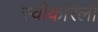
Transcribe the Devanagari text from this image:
स्वीकरिली